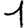
Digit: 1